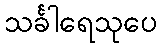
သင်္ခါရေသုပေ